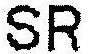
SR